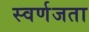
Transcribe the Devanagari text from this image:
स्वर्णजता